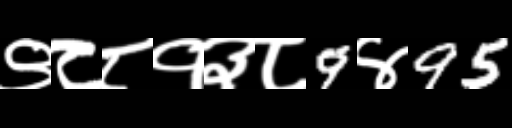
Text: ९८८१३८9४95